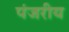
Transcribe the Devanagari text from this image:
पंजरीय